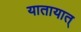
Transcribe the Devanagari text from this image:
यातायात्